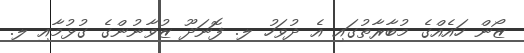
ޒޯން ހައެއްގެ މުބާރާތުގައި އެ ދުވަހު ލ. ފޮނަދޫ ޒުވާނުންގެ ގުޅުމާއި ލ.